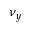
\nu _ { y }